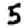
Digit: 5